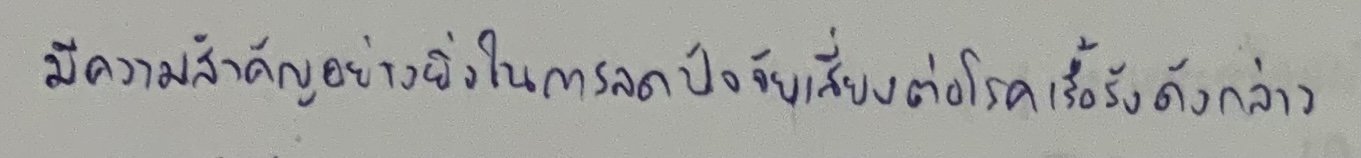
มีความสำคัญอย่างยิ่งในการลดปัจจัยเสี่ยงต่อโรคเรื้อรังดังกล่าว